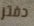
دفتر